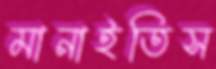
মানাইতিস